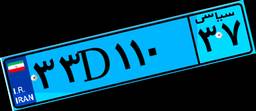
۶۹D۲۱۳۷۶